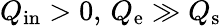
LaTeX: Q_{\mathrm{in}}>0,\, Q_{\mathrm{e}}\gg Q_{\mathrm{s}}